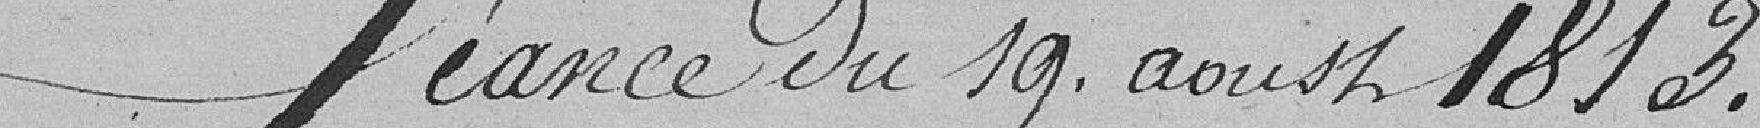
Séance du 19 août 1813